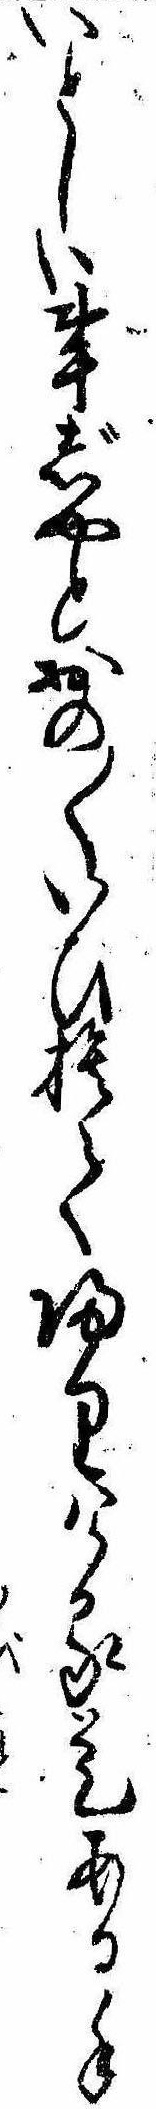
いとしい事じやとおの〱いひ捨て帰りける是ある手